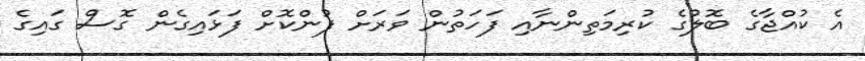
އެ ކުއްޖާގެ ބޮލުގެ ކުރިމަތިންނާއި ފަހަތުން ވަރަށް ފުންކޮށް ފަޅައިގެން ގޮސް ގައިގެ